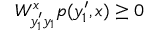
W _ { y _ { 1 } ^ { \prime } y _ { 1 } } ^ { x } p ( y _ { 1 } ^ { \prime } , x ) \geq 0